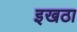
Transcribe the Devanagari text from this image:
इखठा